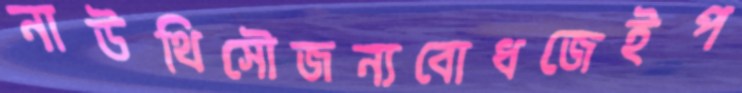
নাউথিসৌজন্যবোধজেইপ